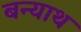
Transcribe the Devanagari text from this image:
बन्याथ